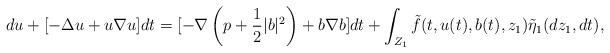
LaTeX: \begin{align*} du+[-\Delta u+ u \nabla u]dt= [-\nabla \left(p+\frac{1}2 |b|^2\right) + b \nabla b]dt+ \int_{Z_1} \tilde{f}(t, u(t), b(t),z_1) \tilde{\eta}_1(dz_1, dt),\end{align*}